NAE_ERA_R-1665_Eesti_Kunstnike_Liit, lk 11
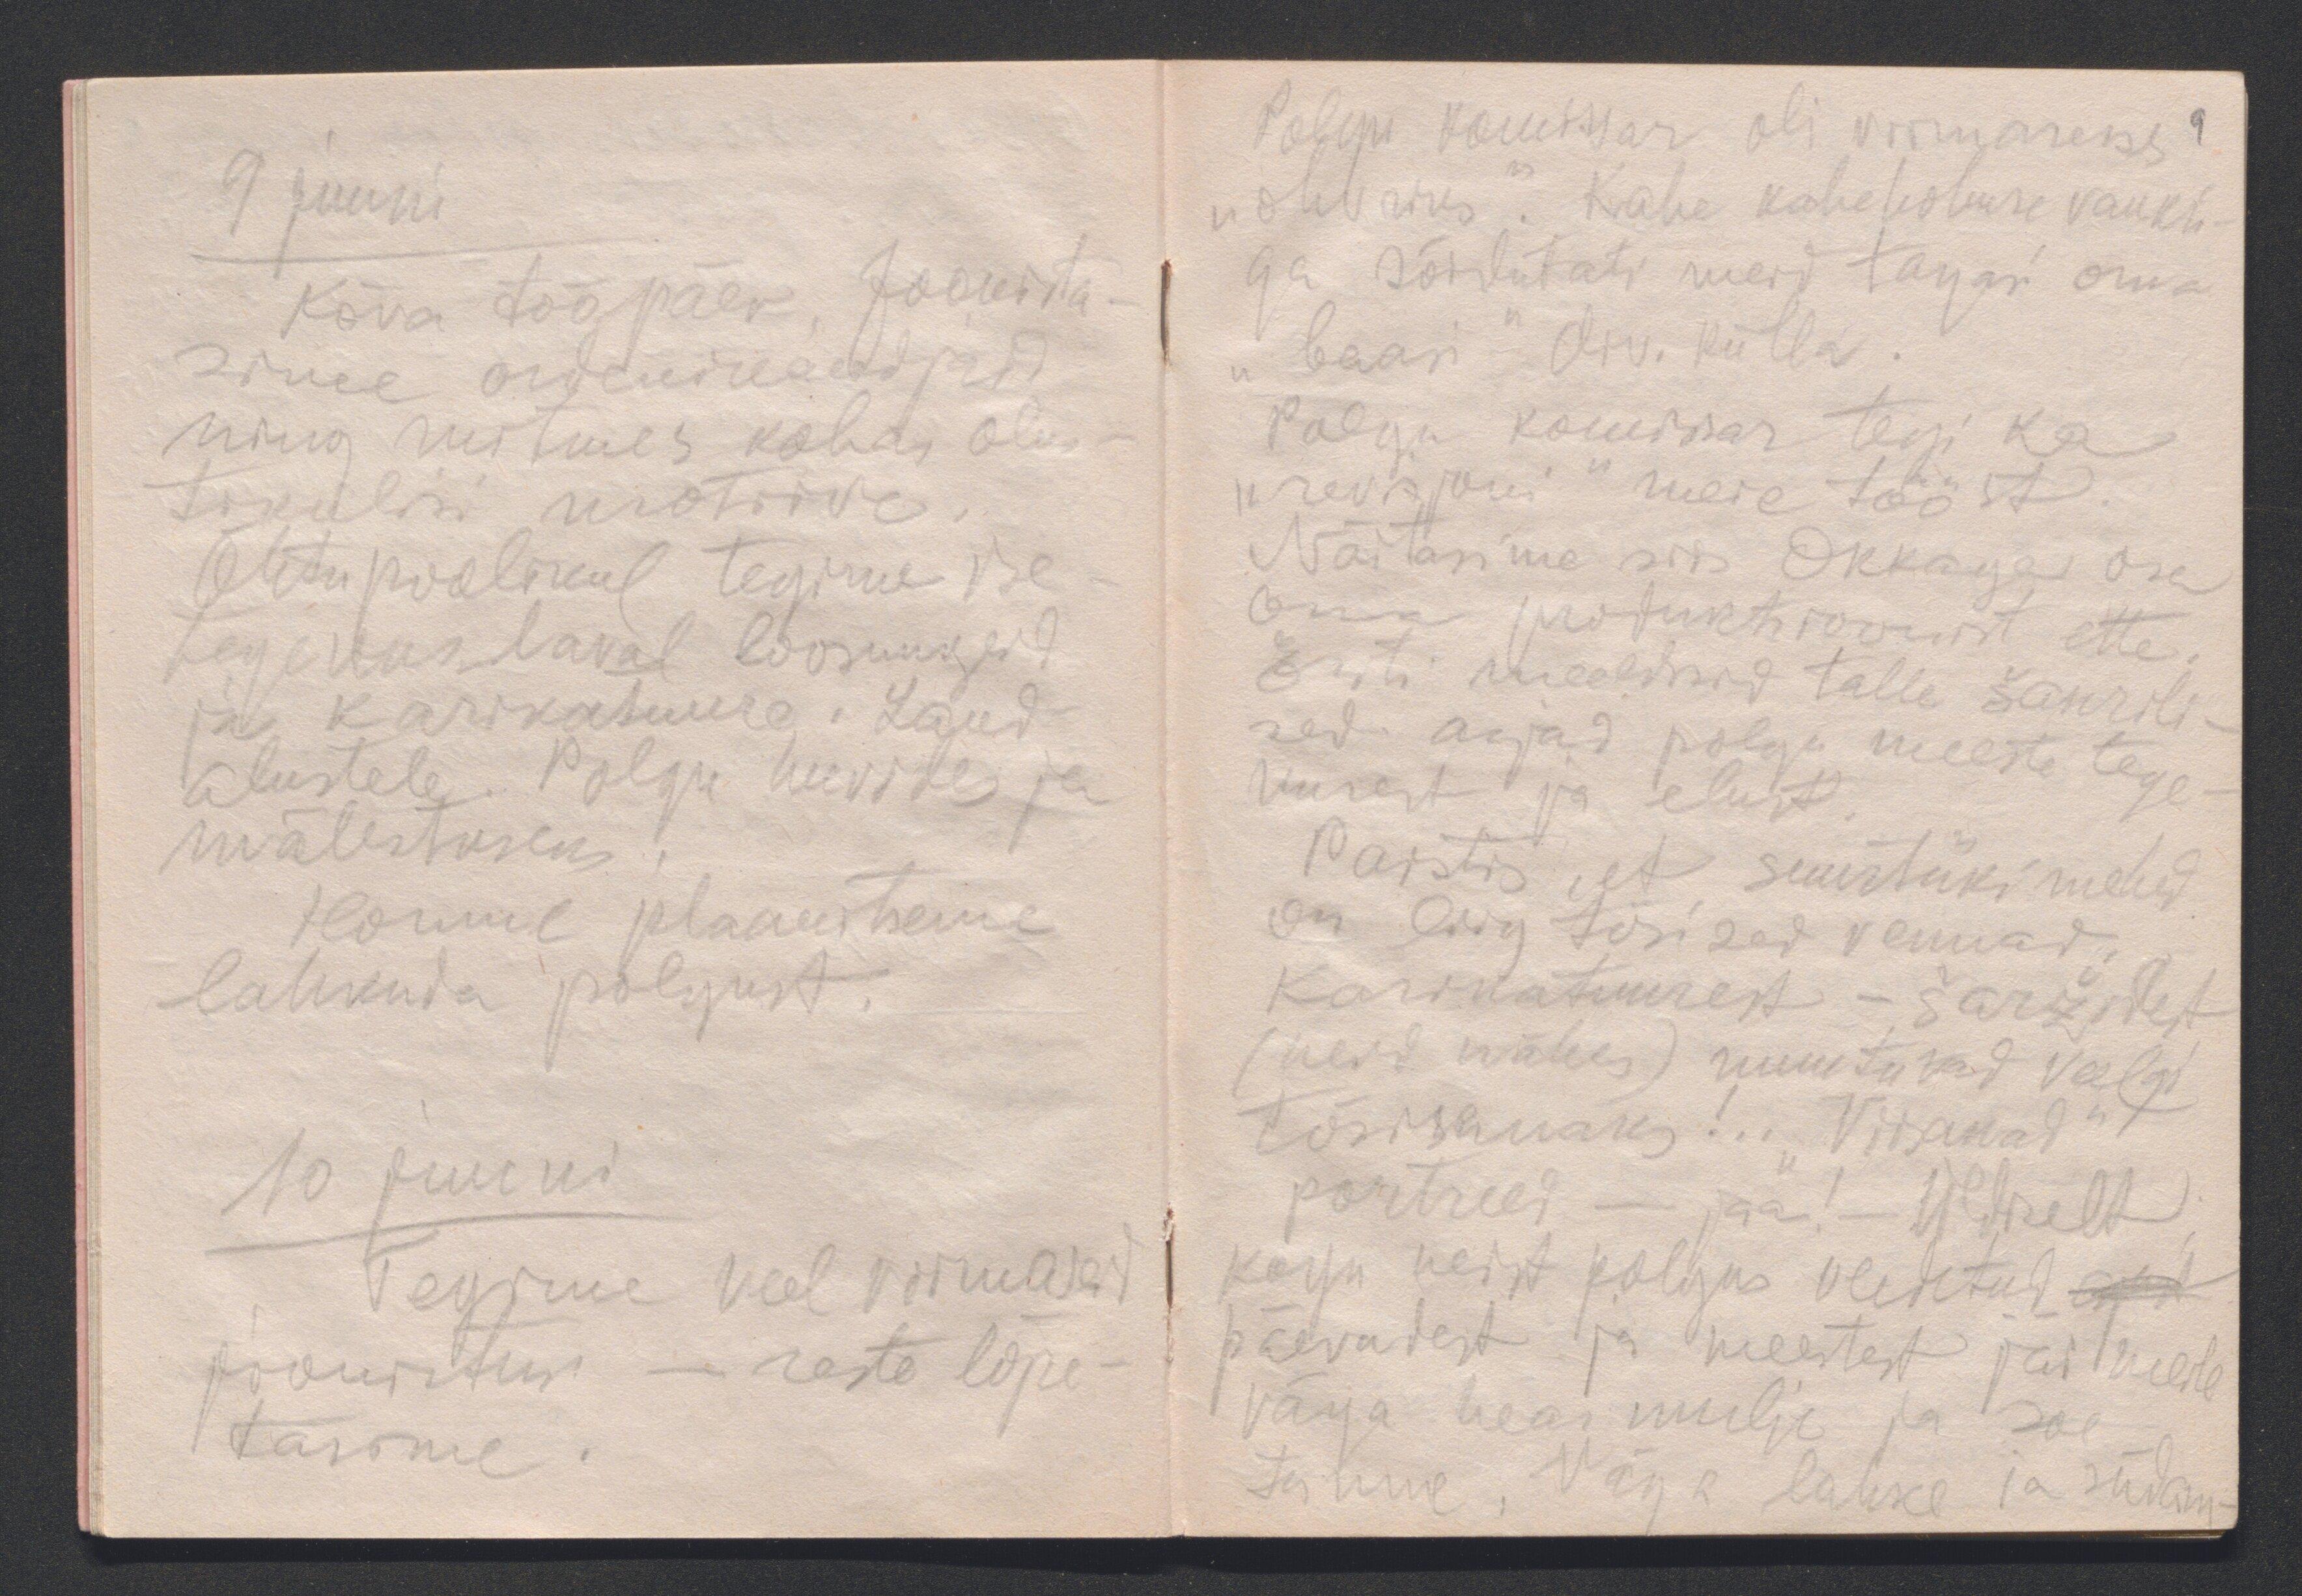
9 juuni
Kõva tööpäev. Joonista-
sime ordenikandjaid
ning mitmes kohas olus-
tikulisi motiive.
Õhtupoolikul tegime ise-
tegevuslaval loosungeid
ja karikatuure. Laud-
alustele. Polgu huvides ja
mälestuseks.
Homme plaanitseme
lahkuda polgust.
10 juuni
Tegime veel viimaseid
joonistusi - reste lõpe-
tasime.

Polgu komissar oli viimaseks
9
"ohvriks". Kahe kahehobuse vankri-
ga sõidutati meid tagasi oma
"baasi" - div. külla.
Polgu komissar tegi ka
"revisjoni" meie tööst.
Näitasime siis Okkaga osa
oma produktsioonist ette.
Eriti meeldisid talle šanrili-
sed asjad polgu meeste tege-
misest ja elust.
Paistis, et suurtükimehed
on liig tõsised vennad.
Karikatuurest - šaržidest
(neid nähes) muutuvad veelgi
tõsisemaks! .. " "Viisakad"
portreed - jaa! - Üldiselt,
kogu neist polgus veedetud aj
päevadest ja meestest jäi meile
väga hea mulje ja soe
tunne. Väga lahke ja südam-